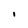
Character: l